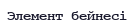
Элемент бейнесі